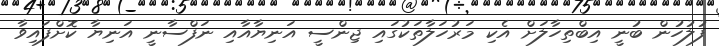
ފުލުހުން ބުނީ އިބްތިހާލަށް އެކި މަރުހަލާތަކުގައި ޖިންސީ އަނިޔާއާއި ނަފްސާނީ އަނިޔާ ކޮށްފައިވާ